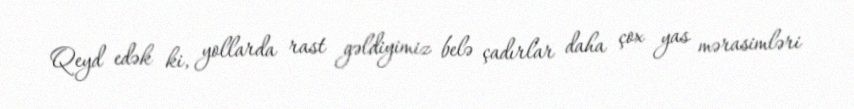
Qeyd edək ki, yollarda rast gəldiyimiz belə çadırlar daha çox yas mərasimləri